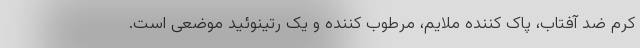
کرم ضد آفتاب، پاک کننده ملایم، مرطوب کننده و یک رتینوئید موضعی است.